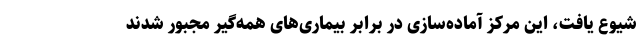
شیوع یافت، این مرکز آماده‌سازی در برابر بیماری‌های همه‌گیر مجبور شدند